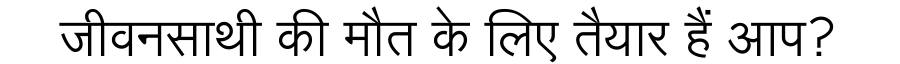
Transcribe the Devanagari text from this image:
जीवनसाथी की मौत के लिए तैयार हैं आप?